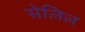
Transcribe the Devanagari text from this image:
सेलिल